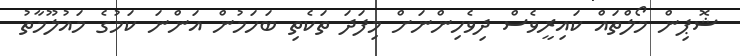
ޝޮޕިން މޯލްތައް ކައިރީވެސް ދިވެހިންނަށް މިފަދަ ތަކެތި ބަހަމުން އަންނަ ކަމުގެ މައުލޫމާތު